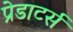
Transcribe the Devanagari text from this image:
प्रेडाटर्स